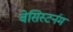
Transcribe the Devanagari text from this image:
बेसिस्टर्नम